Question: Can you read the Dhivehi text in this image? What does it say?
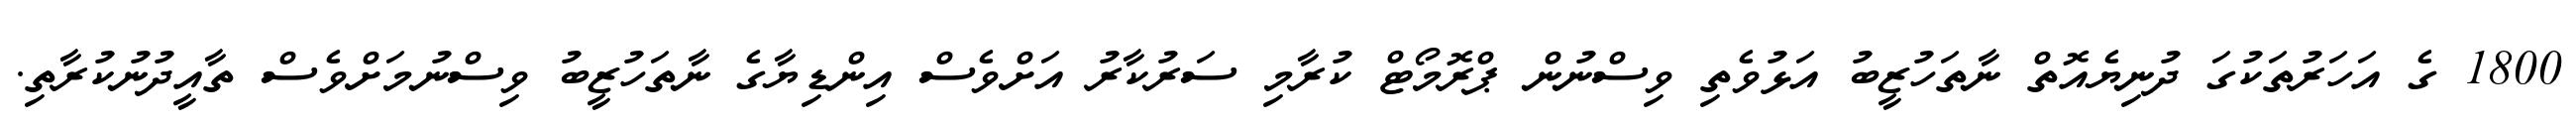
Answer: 1800 ގެ އަހަރުތަކުގަ ދުނިޔެއޮތް ނާތަހުޒީބު އަޅުވެތި ވިސްނުން ޕްރޮމޯޓް ކުރާމި ސަރުކާރު އަށްވެސް އިންޑިޔާގެ ނާތަހުޒީބު ވިސްނުމަށްވެސް ތާއީދުނުކުރާތި.